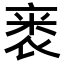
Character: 𬡗